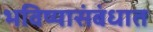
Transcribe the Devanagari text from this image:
भविष्यासंबंधात